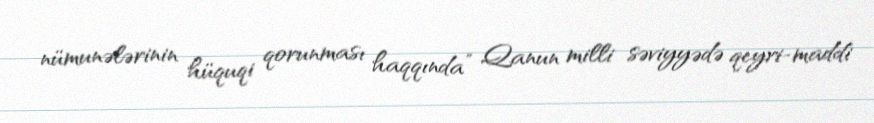
nümunələrinin hüquqi qorunması haqqında” Qanun milli səviyyədə qeyri-maddi